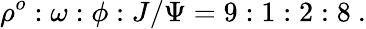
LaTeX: \rho^{o}:\omega:\phi:J/\Psi=9:1:2:8\ .